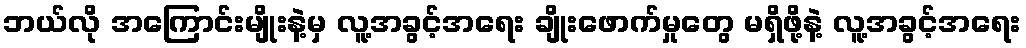
ဘယ်လို အကြောင်းမျိုးနဲ့မှ လူ့အခွင့်အရေး ချိုးဖောက်မှုတွေ မရှိဖို့နဲ့ လူ့အခွင့်အရေး